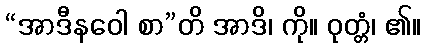
“အာဒီနဝေါ စာ”တိ အာဒိ၊ ကို။ ဝုတ္တံ၊ ၏။